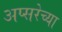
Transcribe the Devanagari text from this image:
अप्सरेच्या